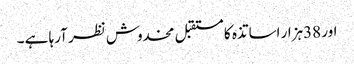
اور 38ہزار اساتذہ کا مستقبل مخدوش نظر آرہا ہے ۔